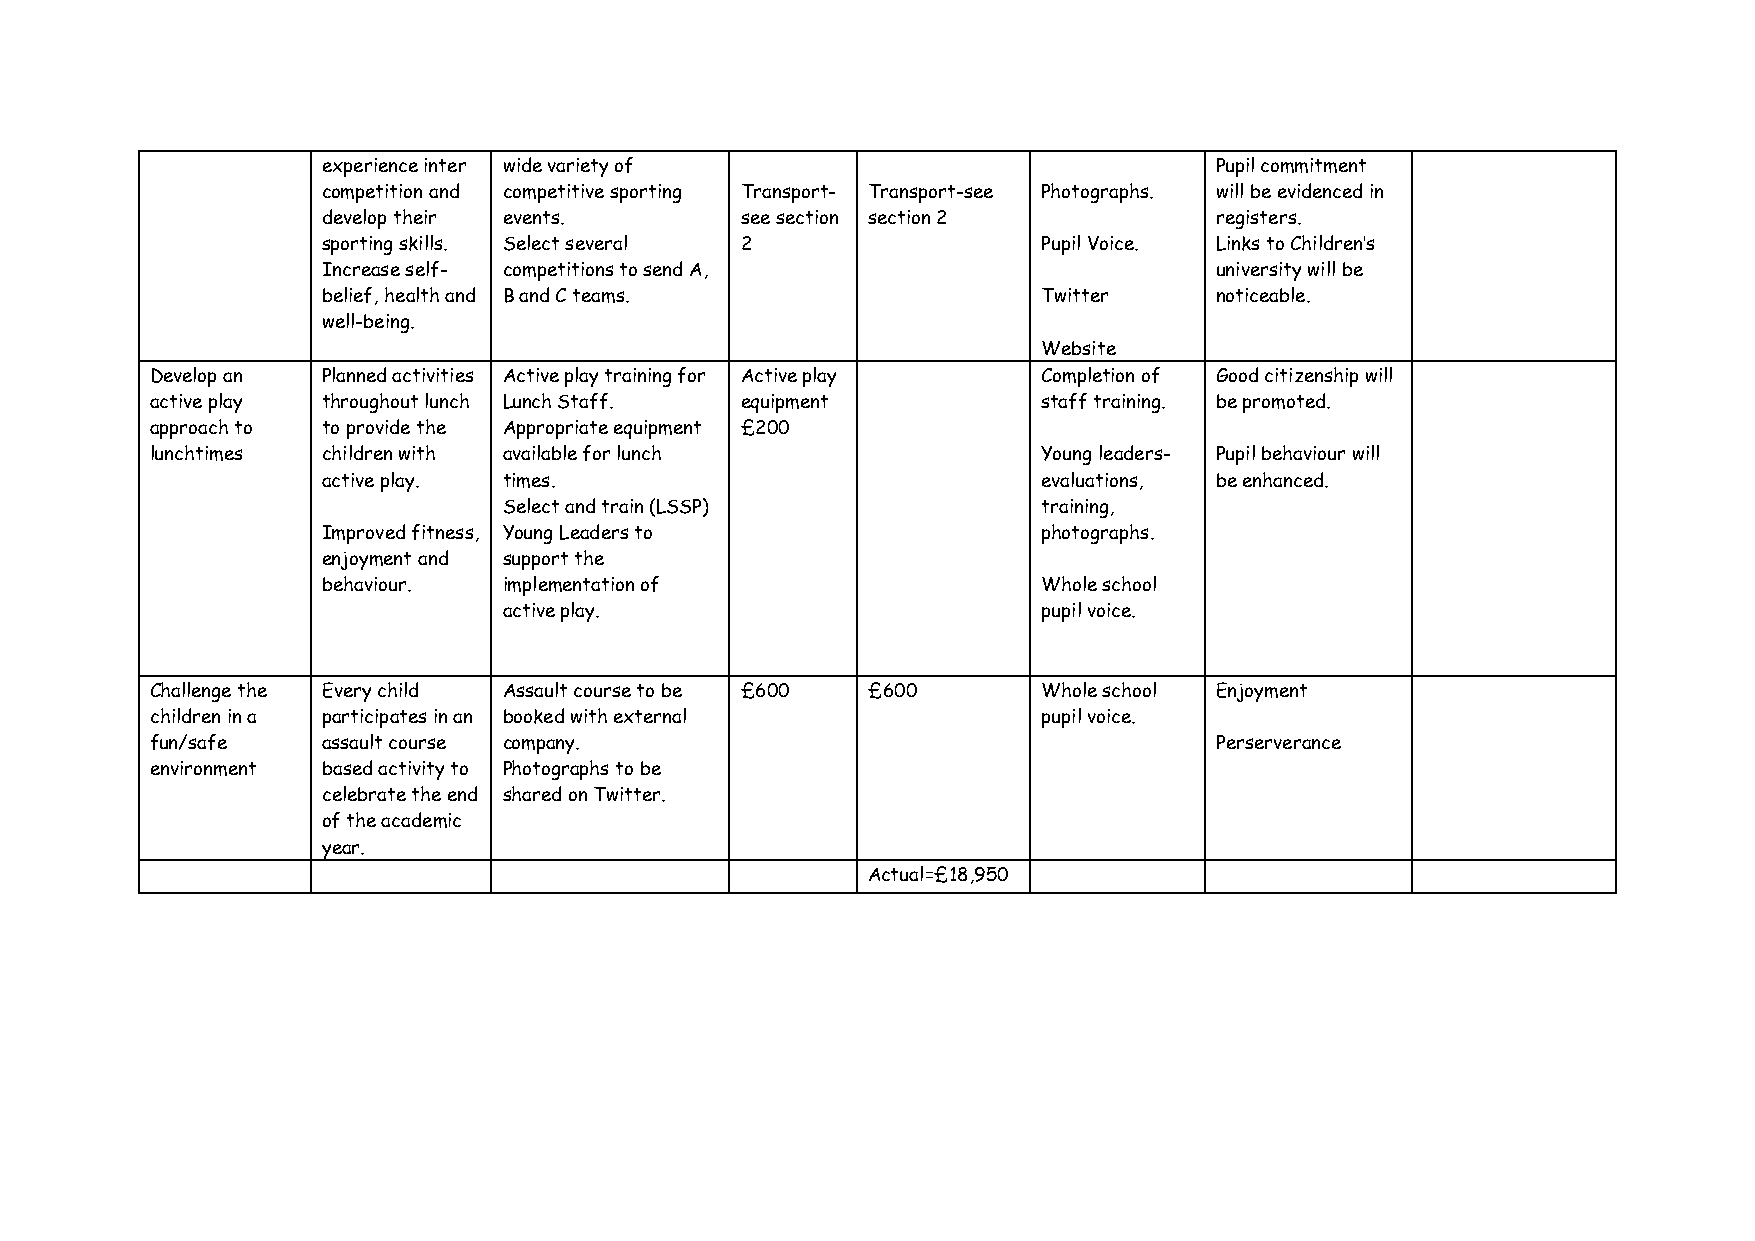
experience inter wide variety of                           Pupil commitment
 competition and competitive sporting Transport- Transport-see Photographs. will be evidenced in
 develop their events.       see section section 2          registers.
 sporting skills. Select several 2               Pupil Voice. Links to Children’s
 Increase self- competitions to send A,                     university will be
 belief, health and B and C teams.               Twitter    noticeable.
 well-being.
 Website
 Develop an Planned activities Active play training for Active play Completion of Good citizenship will
 active play throughout lunch Lunch Staff. equipment        staff training. be promoted.
 approach to to provide the Appropriate equipment £200
 lunchtimes children with available for lunch               Young leaders- Pupil behaviour will
 active play. times.                             evaluations, be enhanced.
 Select and train (LSSP)             training,
 Improved fitness, Young Leaders to              photographs.
 enjoyment and support the
 behaviour.  implementation of                   Whole school
 active play.                        pupil voice.
 Challenge the Every child Assault course to be £600 £600   Whole school Enjoyment
 children in a participates in an booked with external      pupil voice.
 fun/safe   assault course company.                                    Perserverance
 environment based activity to Photographs to be
 celebrate the end shared on Twitter.
 of the academic
 year.
 Actual=£18,950